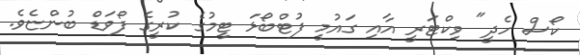
ކޯސް ހެދީ" ވިކްޓަރީ އާއި ގައުމީ ފުޓްބޯޅަ ޓީމުގެ ކުރީގެ ފޯވަޑް ބުންޏެވެ.